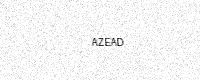
Text: AZEAD